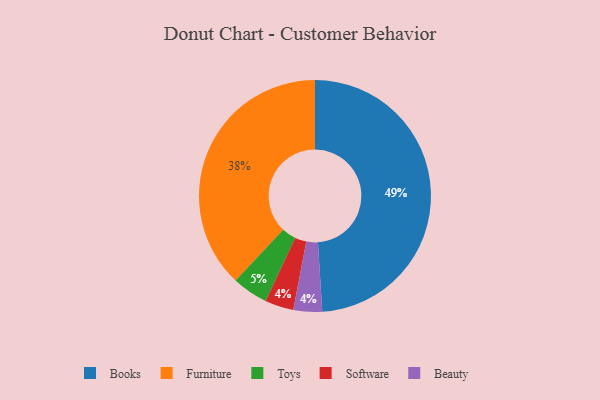
{"axis": {"x": "Category", "y": "Percentage"}, "legend": ["Beauty", "Books", "Furniture", "Software", "Toys"], "data": [{"x": "Software", "y": 4, "type": "Software"}, {"x": "Books", "y": 49, "type": "Books"}, {"x": "Toys", "y": 5, "type": "Toys"}, {"x": "Furniture", "y": 38, "type": "Furniture"}, {"x": "Beauty", "y": 4, "type": "Beauty"}]}